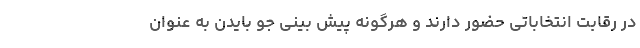
در رقابت انتخاباتی حضور دارند و هرگونه پیش بینی جو بایدن به عنوان